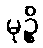
မုဉ္စိ